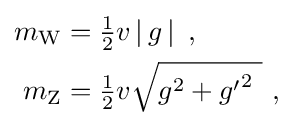
{\begin{aligned}m_{\text{W}}&={\tfrac {1}{2}}v\left|\,g\,\right|\ ,\\m_{\text{Z}}&={\tfrac {1}{2}}v{\sqrt {g^{2}+{g'}^{2}\ }}\ ,\end{aligned}}